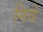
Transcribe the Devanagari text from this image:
गिवे